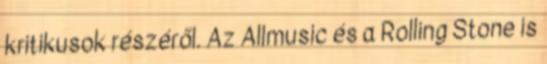
kritikusok részéről. Az Allmusic és a Rolling Stone is